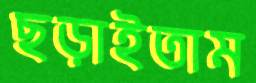
ছড়াইতাম